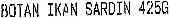
BOTAN IKAN SARDIN 425G